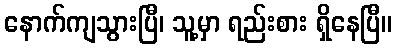
နောက်ကျသွားပြီ၊ သူ့မှာ ရည်းစား ရှိနေပြီ။